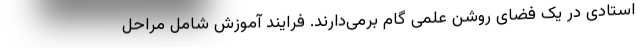
استادی در یک فضای روشن علمی گام برمی‌دارند. فرایند آموزش شامل مراحل